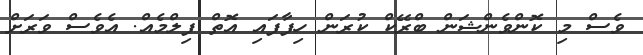
ވެސް މި ކޮންވެންޝަން ބްރޭކް ކުރަން ހިފާފައި އޮތް ފިލްމެއް. އެވެސް ވަރަށް